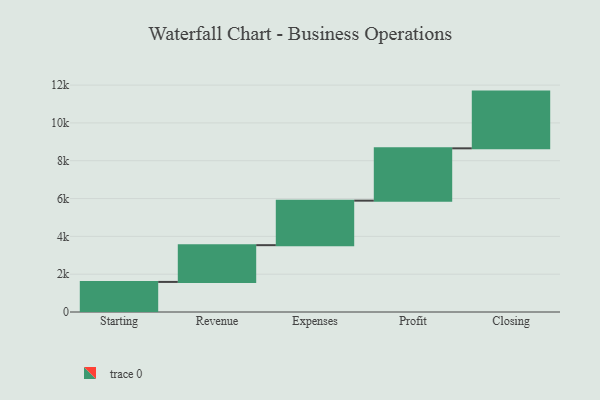
{"axis": {"x": "Step", "y": "Value"}, "legend": [""], "data": [{"x": "Starting", "y": 1591.0, "type": ""}, {"x": "Revenue", "y": 1944.0, "type": ""}, {"x": "Expenses", "y": 2354.0, "type": ""}, {"x": "Profit", "y": 2767.0, "type": ""}, {"x": "Closing", "y": 3000, "type": ""}]}